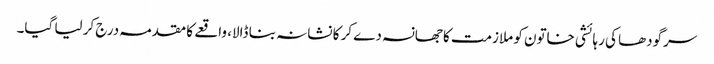
سرگودھا کی رہائشی خاتون کو ملازمت کا جھانسہ دے کر کا نشانہ بنا ڈالا، واقعے کا مقدمہ درج کر لیا گیا۔